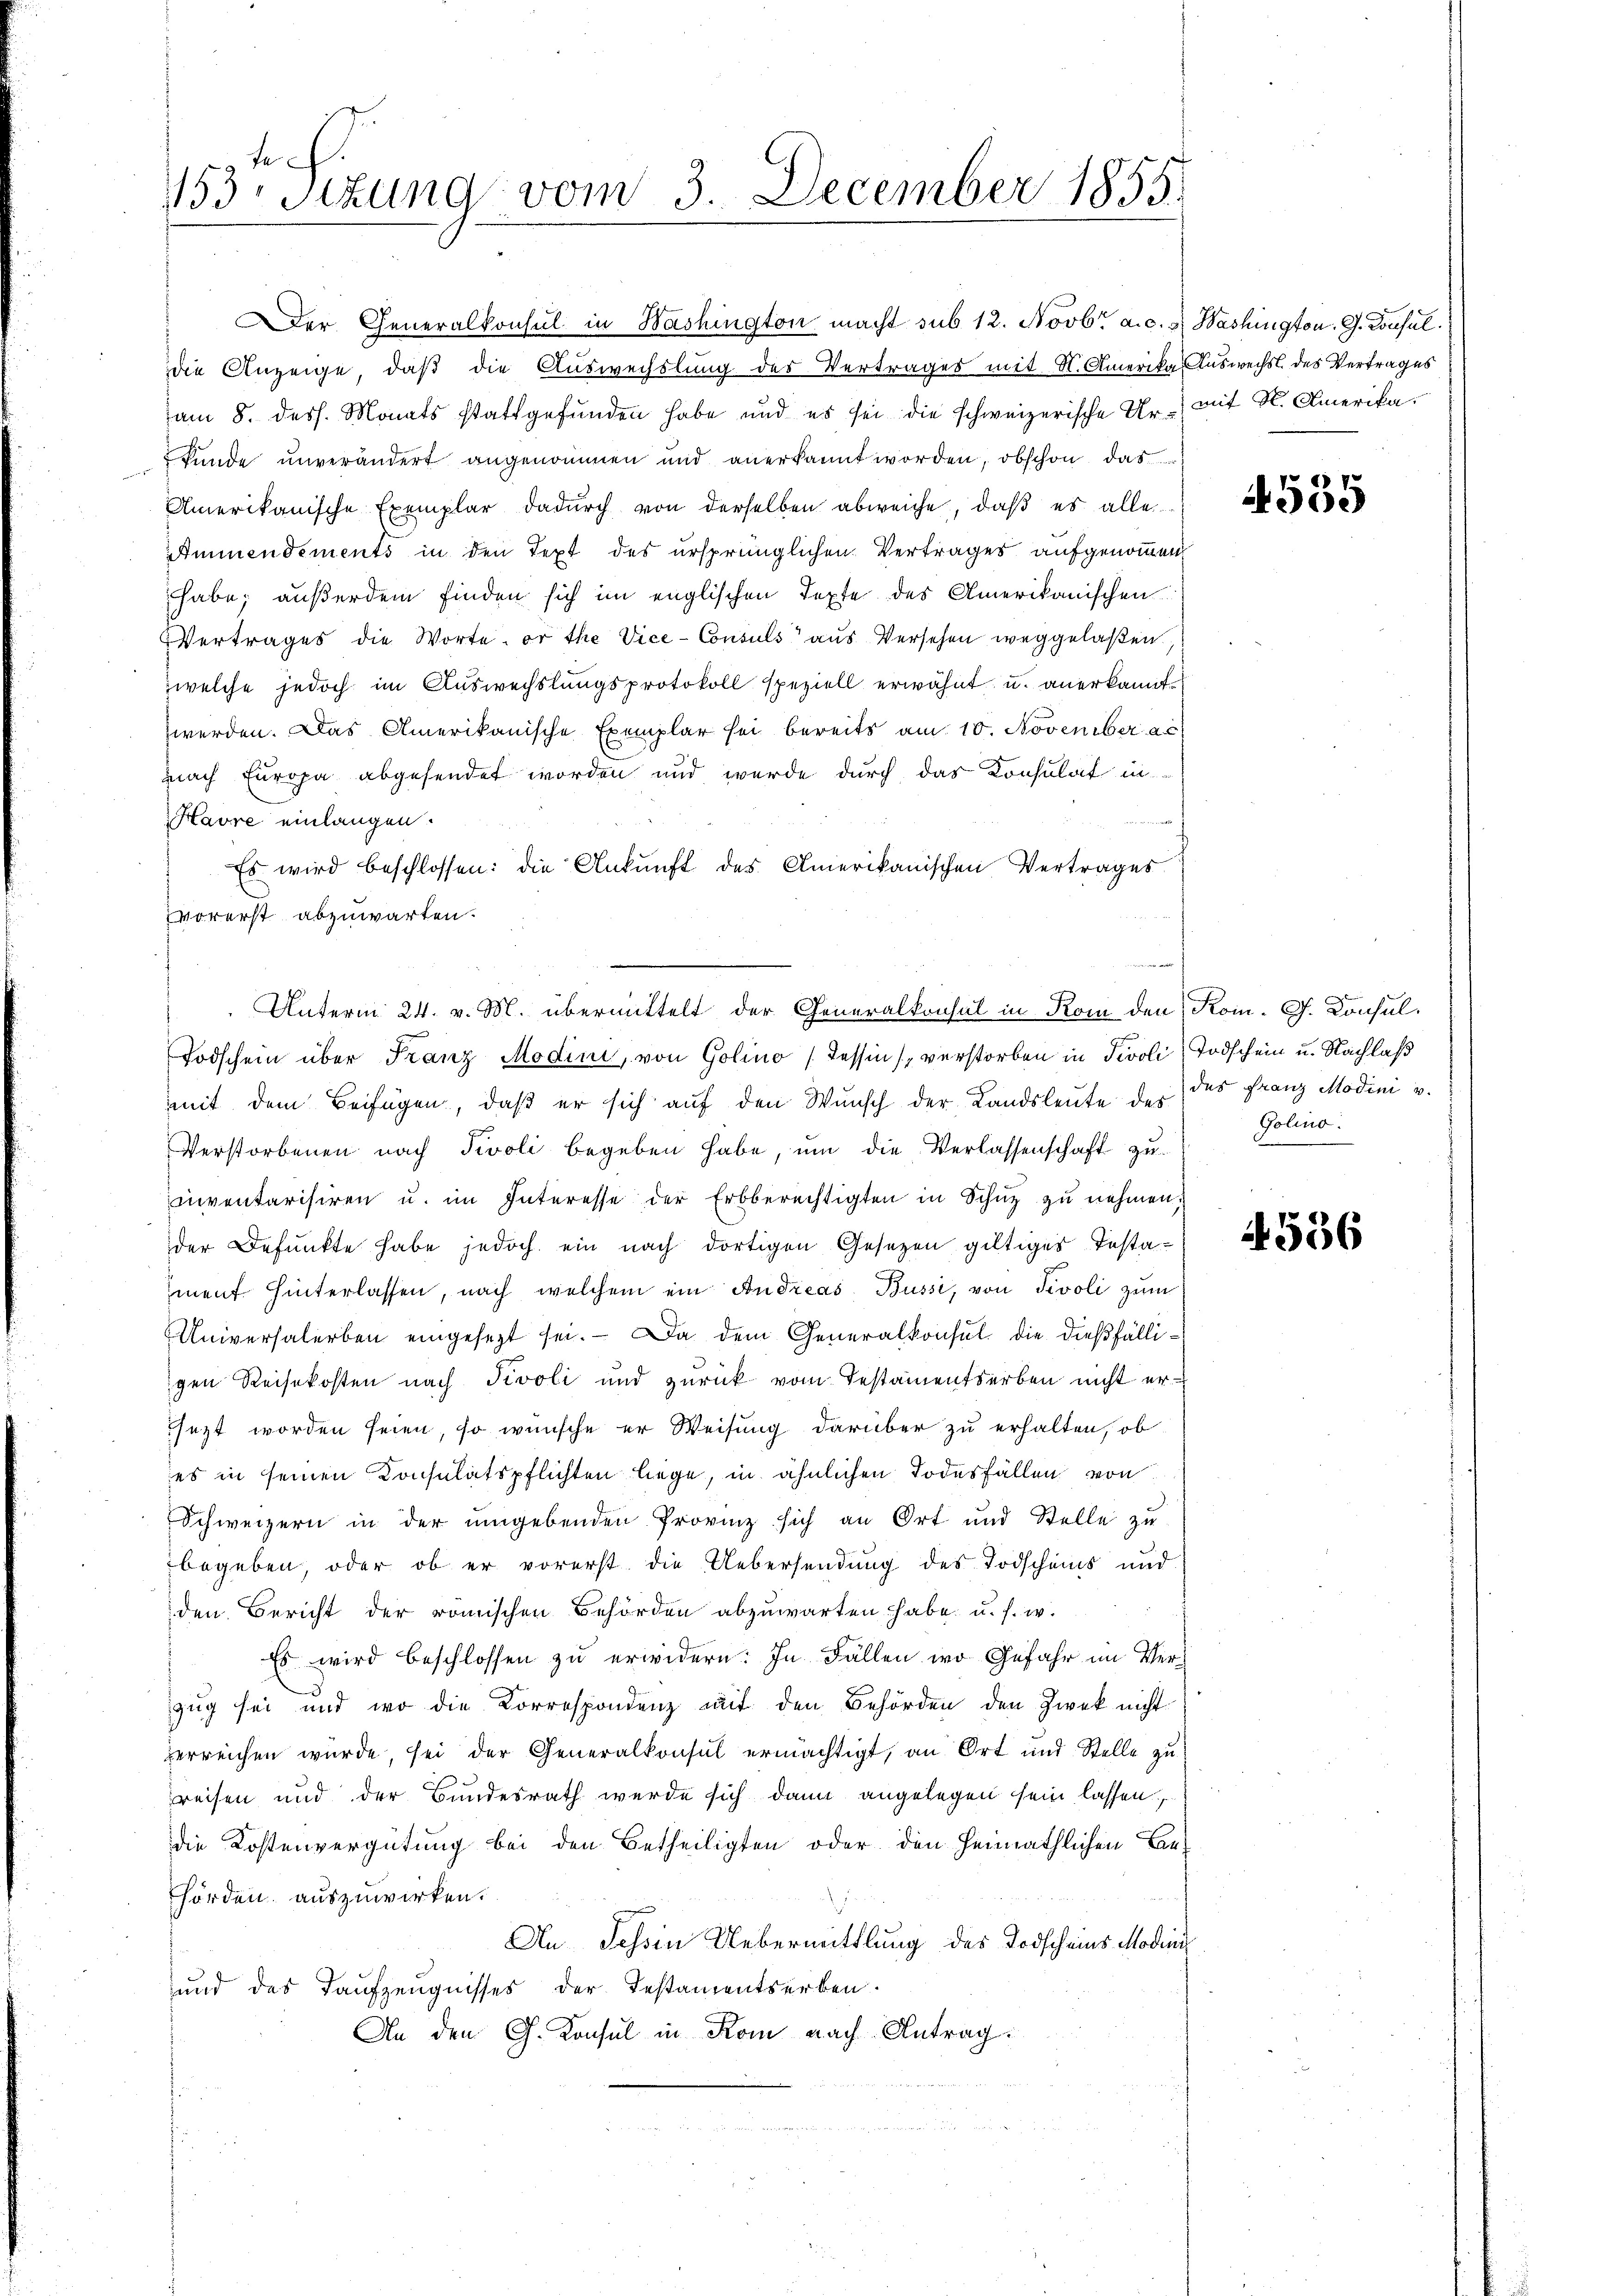
153 sezung vom 3. December 1855.

die Anzeige, daß die Auswechslung des Vertrages mit St. Amerika Auswechsl. des Vertrages
am 8. dess. Monats stattgefunden habe und es sei die schweizerische Ur- mit St. Amerika.
kunde unverändert angenommen und anerkannt worden, obschon das
Amerikanische Exemplar dadŭrch von derselben abweiche, daβ es alle
Ammendements in den Text des ursprünglichen Vertrages aufgenommen
habe; außerdem finden sich im englischen Texte des Amerikanischen
Vertrages die Worte, or the Vice-Consuls aus Versehen weggelaßen
zwelche jedoch im Auswechslungsprotokoll speziell erwähnt u. anerkannt
werden. Das Amerikanische Exemplar sei bereits am 10. November a
nach Europa abgesendet worden und wurde durch das Konsulat in
Havre einlangen.
Es wird beschlossen: die Ankunft des Amerikanischen Vertrages
vorerst abzuwarten.
Todschein über Franz Modini, von Golino (Tessin, verstorben in Tivoli (Todschein u. Nachlaß
mit dem Beifügen, daß er sich auf den Wunsch der Landsleute der das Franz Modini v.
Verstorbenen nach Tivoli begeben habe, ŭm die Verlassenschaft zu
nventarisiren u. im Interesse der Erbberechtigten in Schuz zu nehmen:
der Defunkte habe jedoch ein nach dortigen Gesetzen gültiges Testa-
ment. hinterlassen, nach welchem ein Andreas Bussi, von Tivoli zum
Universalerben eingesezt sei. — Da dem Generalkonsul die dießfälligen Reisekosten nach Tivoli und zurück vom Testamentserben nicht ersezt worden seien, so wünsche er Weisung darüber zu erhalten, ob
es in seinen Konsulatspflichten liege, in ähnlichen Todesfällen von
Schweizern in der umgebenden Provinz sich an Ort und Stelle zu
begeben, oder ob er vorerst die Uebersendung des Todscheins und
den Bericht der römischen Behörden abzuwarten habe, u. s. w.
Es wird beschlossen zu erwidern: In Fällen wo Gefahr im Verzug sei und wo die Korrespondenz mit den Behörden den Zweck nicht
verreichen wurde, sei der Generalkonsul ermächtigt, an Ort und Stelle zu
reisen und der Bundesrath werde sich dann angelegen sein lassen
die Kostenvergütung bei den Betheiligten oder den heimathlichen Be-
hörden auszuwirken.
An Tessin Uebermittlung des Todscheins Modin
und des Taufzeugnisses der Testamentserben.
An den G. Konsul in Kom nach Antrag:

Der Generalkonsul in Washington macht sub. 12. Novbr. a. c. s. Washington. G. Consul

Unterm 24. v. M. übermittelt der Generalkonsul in Rom den Kom. G. Konsul¬

535

Golino.

4556